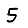
Digit: 5